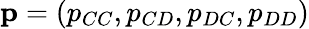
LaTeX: \mathbf{p}=(p_{CC},p_{CD},p_{DC},p_{DD})